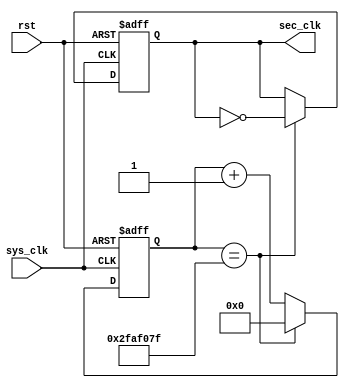
`timescale 1ns / 1ps
//////////////////////////////////////////////////////////////////////////////////
// Company: 
// Engineer: 
// 
// Design Name: 
// Module Name: setClk
// Project Name: 
// Target Devices: 
// Tool Versions: 
// Description: 
// 
// Dependencies: 
// 
// Revision:
// Revision 0.01 - File Created
// Additional Comments:
// 
//////////////////////////////////////////////////////////////////////////////////


module setClk(
//input
sys_clk, rst,
//Output
sec_clk
    );
    
input sys_clk;
input rst;
output wire sec_clk;
reg sec_clk_temp;

reg [31:0] sec_count;

always @ (posedge sys_clk or posedge rst) begin
    if (rst) begin
        sec_count <= 0;
        sec_clk_temp <= 0;
    end
    else if (sec_count == 32'd50000000 - 32'b1) begin
        sec_count <= 0;
        sec_clk_temp <= ~sec_clk;
    end
    else begin
        sec_count <= sec_count + 1;
        sec_clk_temp <= sec_clk;
    end
end

assign sec_clk = sec_clk_temp;


endmodule